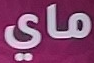
ماي